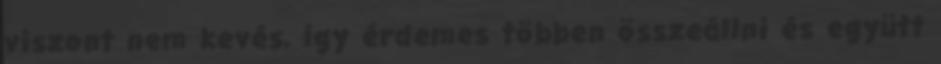
viszont nem kevés, így érdemes többen összeállni és együtt